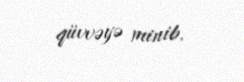
qüvvəyə minib.